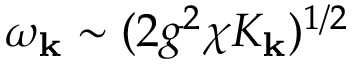
\omega _ { \mathbf { k } } \sim ( 2 g ^ { 2 } \chi K _ { \mathbf { k } } ) ^ { 1 / 2 }